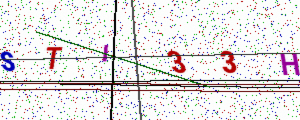
Text: STI33H